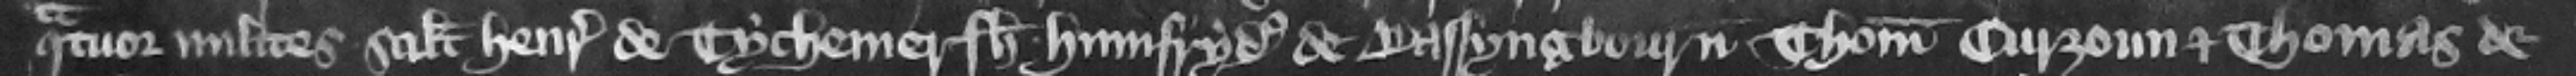
quatuor milites scilicet Henricus de Tychemersh Humfrydus de Bassyngbourn Thomas Curzoun et Thomas de